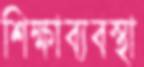
শিক্ষাব্যবস্থা